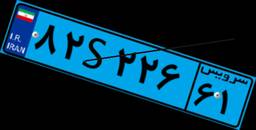
۵۰S۸۳۱۳۴